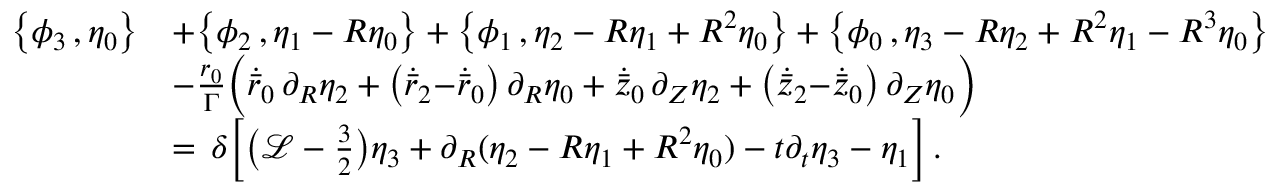
\begin{array} { r l } { \bigl \{ \phi _ { 3 } \, , \eta _ { 0 } \bigr \} } & { + \bigl \{ \phi _ { 2 } \, , \eta _ { 1 } - R \eta _ { 0 } \bigr \} + \bigl \{ \phi _ { 1 } \, , \eta _ { 2 } - R \eta _ { 1 } + R ^ { 2 } \eta _ { 0 } \bigr \} + \bigl \{ \phi _ { 0 } \, , \eta _ { 3 } - R \eta _ { 2 } + R ^ { 2 } \eta _ { 1 } - R ^ { 3 } \eta _ { 0 } \bigr \} } \\ & { - \frac { r _ { 0 } } { \Gamma } \Bigl ( \dot { \bar { r } } _ { 0 } \, \partial _ { R } \eta _ { 2 } + \bigl ( \dot { \bar { r } } _ { 2 } { - } \dot { \bar { r } } _ { 0 } \bigr ) \, \partial _ { R } \eta _ { 0 } + \dot { \bar { z } } _ { 0 } \, \partial _ { Z } \eta _ { 2 } + \bigl ( \dot { \bar { z } } _ { 2 } { - } \dot { \bar { z } } _ { 0 } \bigr ) \, \partial _ { Z } \eta _ { 0 } \Bigr ) } \\ { \, } & { = \, \delta \Bigl [ \bigl ( \mathcal { L } - { \textstyle \frac { 3 } { 2 } } \bigr ) \eta _ { 3 } + \partial _ { R } ( \eta _ { 2 } - R \eta _ { 1 } + R ^ { 2 } \eta _ { 0 } ) - t \partial _ { t } \eta _ { 3 } - \eta _ { 1 } \Bigr ] \, . } \end{array}